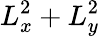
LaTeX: L_{x}^{2}+L_{y}^{2}